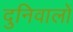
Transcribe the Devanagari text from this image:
दुनिवालों